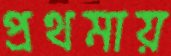
প্রথমায়